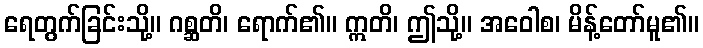
ရေတွက်ခြင်းသို့။ ဂစ္ဆတိ၊ ရောက်၏။ ဣတိ၊ ဤသို့။ အဝေါစ၊ မိန့်တော်မူ၏။